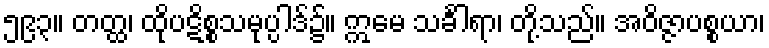
၅၉၃။ တတ္ထ၊ ထိုပဋိစ္စသမုပ္ပါဒ်၌။ ဣမေ သင်္ခါရာ၊ တို့သည်။ အဝိဇ္ဇာပစ္စယာ၊